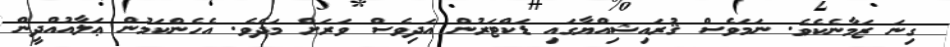
ގިނަ ޒަމާނެކެވެ. ނަމަވެސް ޤުރައިޝިއްޔާގައި ޑަކްޓަރުން އަދިވެސް ވަރަށް މަދެވެ. އެހެންކަމުން ޢަލާއުއްދީން